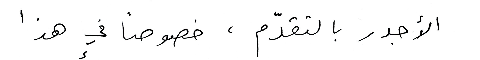
الأجدر بالتقدّم ، خصوصاً في هذا